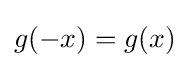
g(-x)=g(x)